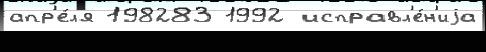
апр'е́л'я 198283 1992 исправл'е́н'иjа